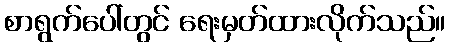
စာရွက်ပေါ်တွင် ရေးမှတ်ထားလိုက်သည်။